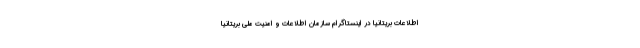
اطلاعات بریتانیا در اینستاگرام سازمان اطلاعات و امنیت ملی بریتانیا